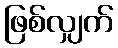
ဖြစ်လျှက်